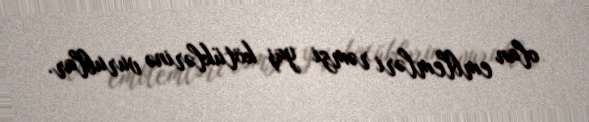
olan emblemləri rəmzi yaş kötüklərinə vurublar.